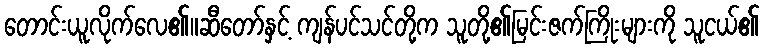
တောင်းယူလိုက်လေ၏။ဆီတော်နှင့် ကျန်ပင်သင်တို့က သူတို့၏မြင်းဇက်ကြိုးများကို သူငယ်၏